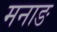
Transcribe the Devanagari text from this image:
मनाङ